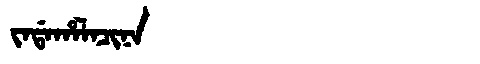
Manchu: ᠵᠠᡩᠠᡥᠠᠯᠠᠴᡳᠨᠠ
Romanization: JADAHALACINA